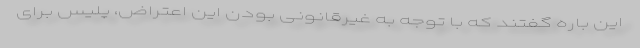
این باره گفتند که با توجه به غیرقانونی بودن این اعتراض، پلیس برای